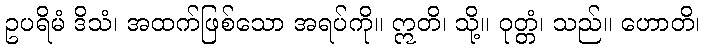
ဥပရိမံ ဒိသံ၊ အထက်ဖြစ်သော အရပ်ကို။ ဣတိ၊ သို့။ ဝုတ္တံ၊ သည်။ ဟောတိ၊